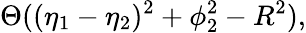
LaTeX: \Theta((\eta_{1}-\eta_{2})^{2}+\phi_{2}^{2}-R^{2}),